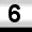
Digit: 6